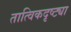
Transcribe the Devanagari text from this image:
तात्विकदृष्ट्या